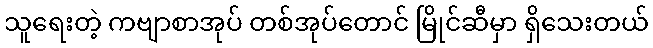
သူရေးတဲ့ ကဗျာစာအုပ် တစ်အုပ်တောင် မြိုင်ဆီမှာ ရှိသေးတယ်